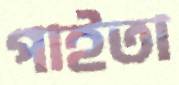
পাইতা